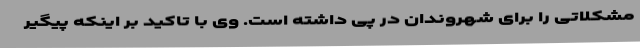
مشکلاتی را برای شهروندان در پی داشته است. وی با تاکید بر اینکه پیگیر